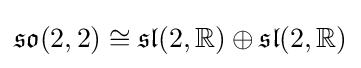
{\mathfrak {so}}(2,2)\cong {\mathfrak {sl}}(2,\mathbb {R} )\oplus {\mathfrak {sl}}(2,\mathbb {R} )